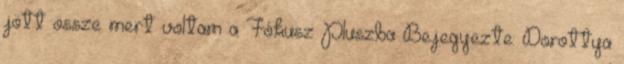
jött össze mert voltam a Fókusz Pluszba Bejegyezte: Dorottya